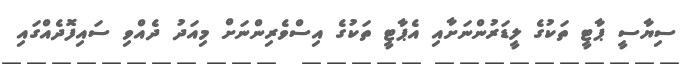
ސިޔާސީ ޕާޓީ ތަކުގެ ލީޑަރުންނަަށާއި އެޕާޓީ ތަކުގެ އިސްވެރިންނަށް މިއަދު ދެއްވި ސައިފޮދެއްގައި